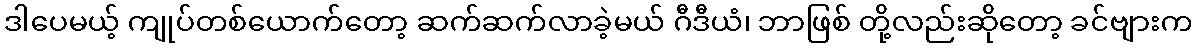
ဒါပေမယ့် ကျုပ်တစ်ယောက်တော့ ဆက်ဆက်လာခဲ့မယ် ဂီဒီယံ၊ ဘာဖြစ် တို့လည်းဆိုတော့ ခင်ဗျားက